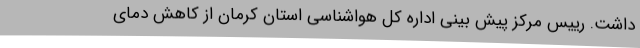
داشت. رییس مرکز پیش بینی اداره کل هواشناسی استان کرمان از کاهش دمای